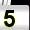
Digit: 5